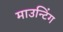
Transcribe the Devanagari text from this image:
माउन्टिंग